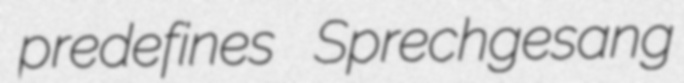
predefines Sprechgesang